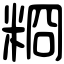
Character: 𥺂